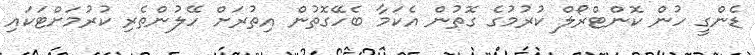
ޑެންގީ ހުން ކޮންޓްރޯލް ކުރުމުގެ ގޮތުން އެކަމާ ބެހޭގޮތުން އިތުރަށް ހޭލުންތެރި ކުރުމަށްޓަކައި